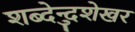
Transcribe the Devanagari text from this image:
शब्देन्दुशेखर